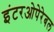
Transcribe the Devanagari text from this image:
इंटरओपेरेबल